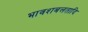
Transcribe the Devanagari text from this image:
भावशबलतादि